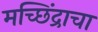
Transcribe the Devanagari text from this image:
मच्छिंद्राचा